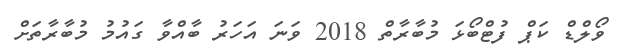
ވޯލްޑް ކަޕް ފުޓްބޯޅަ މުބާރާތް 2018 ވަނަ އަހަރު ބާއްވާ ގައުމު މުބާރާތަށް